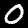
Digit: 0